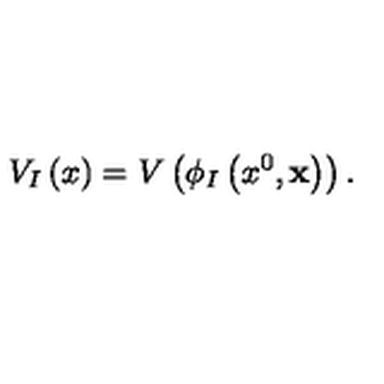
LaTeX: V _ { I } \left( x \right) = V \left( \phi _ { I } \left( x ^ { 0 } , { \bf x } \right) \right) .